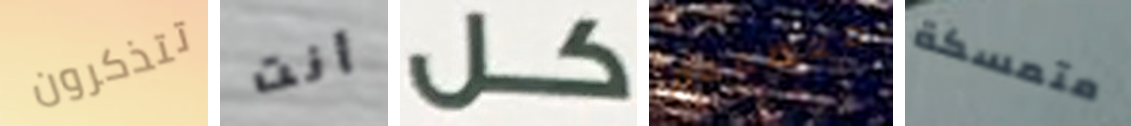
تتذكرون أنت كل معظمهم متمسكة